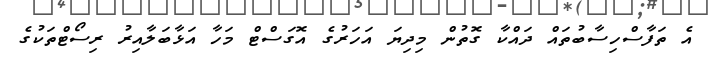
އެ ތަފާސްހިސާބުތައް ދައްކާ ގޮތުން މިދިޔަ އަހަރުގެ އޮގަސްޓް މަހާ އަޅާބަލާއިރު ރިސޯޓްތަކުގެ